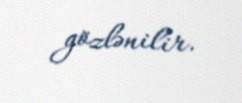
gözlənilir.